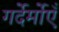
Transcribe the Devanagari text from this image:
गर्देर्मोएँ